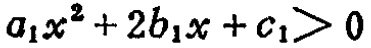
\(a_{1}x^{2}+2b_{1}x + c_{1}>0\)